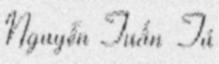
Nguyễn Tuấn Tú